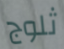
ثلوج